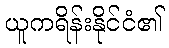
ယူကရိန်းနိုင်ငံ၏